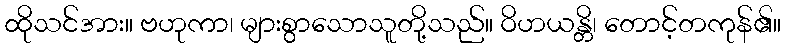
ထိုသင်အား။ ဗဟုကာ၊ များစွာသောသူတို့သည်။ ဝိဟယန္တိ၊ တောင့်တကုန်၏။